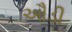
ઔડી